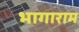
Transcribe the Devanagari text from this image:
भागाराम